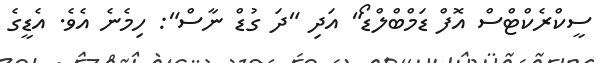
ސީކްރެކްޓްސް އޮފް ޑަމްބްލްޑޯ" އަދި "ދަ ގުޑް ނާސް": ހިމެނެ އެވެ. އެޑީގެ